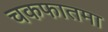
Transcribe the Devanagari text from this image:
चकफातमा